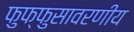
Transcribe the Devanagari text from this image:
फुफ्फुसावरणीय